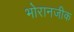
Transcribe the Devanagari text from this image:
भोरानजीक